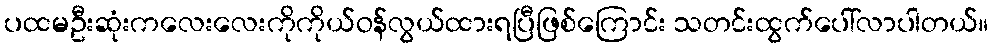
ပထမဦးဆုံးကလေးလေးကိုကိုယ်ဝန်လွယ်ထားရပြီဖြစ်ကြောင်း သတင်းထွက်ပေါ်လာပါတယ်။